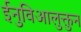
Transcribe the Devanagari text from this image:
ईनुविआलुक्तुन